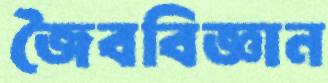
জৈববিজ্ঞান